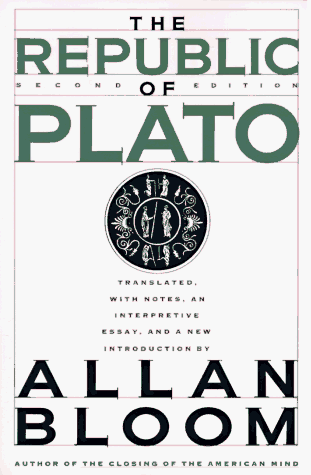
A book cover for The Republic Of Plato: Second Edition; Plato; Politics & Social Sciences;